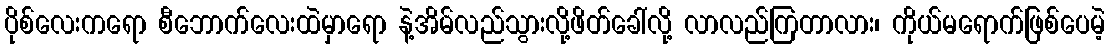
ပိုစ်လေးကရော စီဘောက်လေးထဲမှာရော နဲ့အိမ်လည်သွားလို့ဖိတ်ခေါ်လို့ လာလည်ကြတာလား၊ ကိုယ်မရောက်ဖြစ်ပေမဲ့